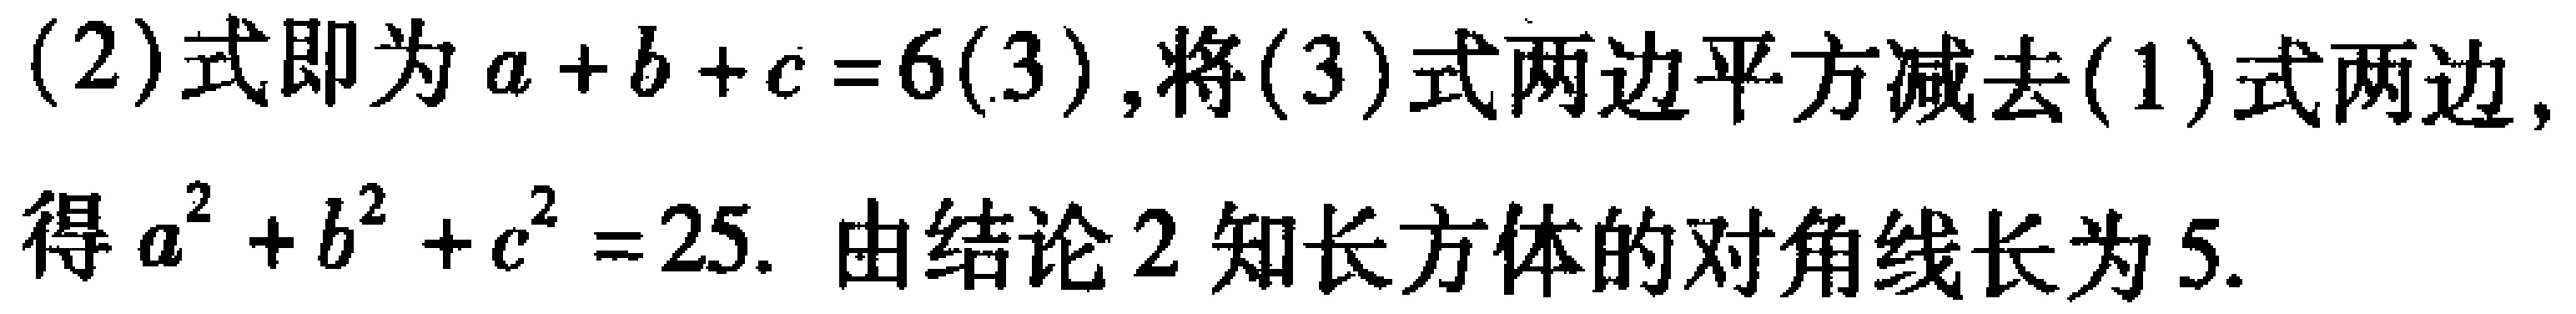
(2)式即为\(a + b + c = 6(3)\),将(3)式两边平方减去(1)式两边,得\(a^{2} + b^{2} + c^{2} = 25\). 由结论2知长方体的对角线长为\(5\).